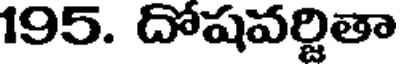
195. దోషవర్జితా